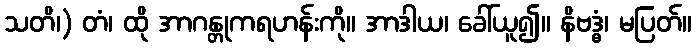
သတိ၊) တံ၊ ထို အာဂန္တုကရဟန်းကို။ အာဒါယ၊ ခေါ်ယူ၍။ နိဗဒ္ဓံ၊ မပြတ်။